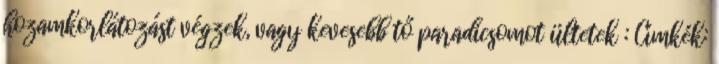
hozamkorlátozást végzek, vagy kevesebb tő paradicsomot ültetek : Címkék: